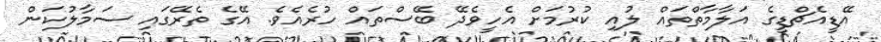
އޭޑީއެޗްޑީގެ އަލާމާތްތައް ލުއި ކުރުމަށް އެހީވެދޭ ބޭސްތައް ހުރެއެވެ. އޭގެ ތެރޭގައި ސަމާލުކަން